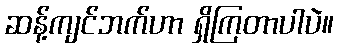
ဆန့်ကျင်ဘက်ဟာ ရှိကြတာပါပဲ။